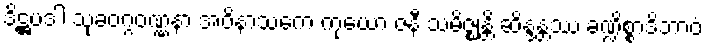
ဒိဋ္ဌပဒါ သုခဝဂ္ဂဝဏ္ဏနာ အဝိနာသကေ ကုယော ဇနီ သမိဇ္ဈန္တိ ဆိန္ဒန္တဿ ခဏ္ဍိစ္စာဒိဘာဝံ